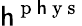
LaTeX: \mathsf{h}^{\mathrm{{~p~\mathsf{h}~y~s~}}}